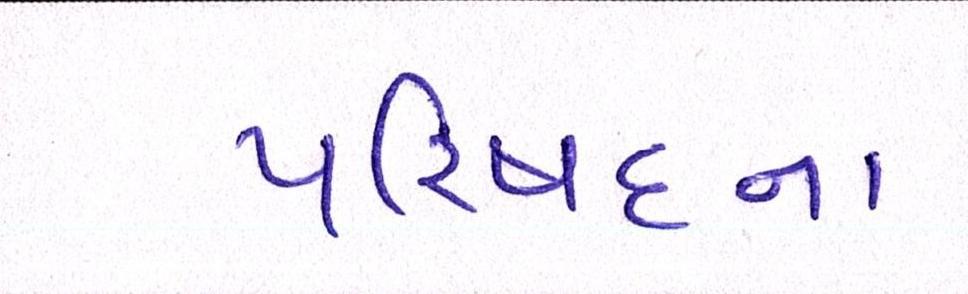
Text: પરિષદના